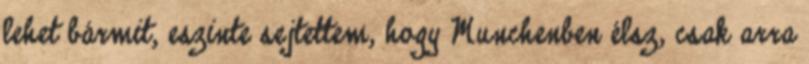
lehet bármit, eszinte sejtettem, hogy Munchenben élsz, csak arra